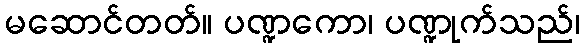
မဆောင်တတ်။ ပဏ္ဍကော၊ ပဏ္ဍုက်သည်၊